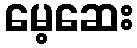
မေ့ဆေး